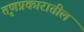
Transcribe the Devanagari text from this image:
तृणप्रकारातील